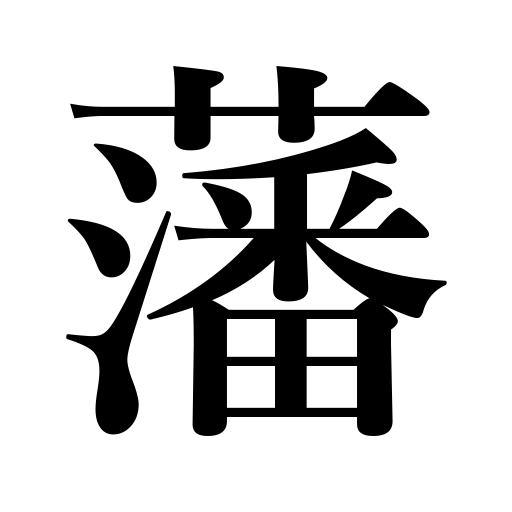
Meanings: enclosure,feudal clan